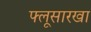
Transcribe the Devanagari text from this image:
फ्लूसारखा